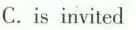
C. is invited